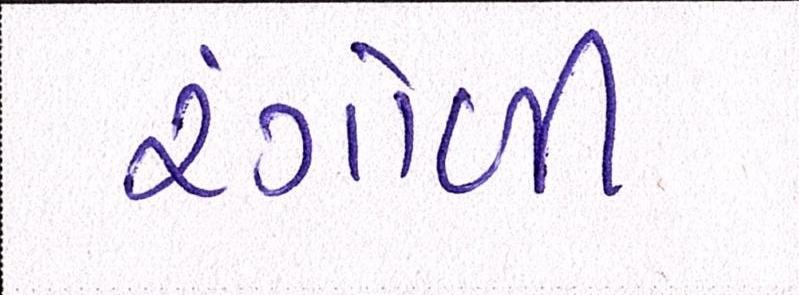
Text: રંગોળી